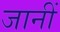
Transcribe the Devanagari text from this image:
जानीं